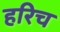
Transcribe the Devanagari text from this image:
हरिच